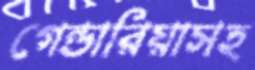
গেন্ডারিয়াসহ